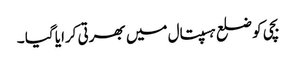
بچی کو ضلع ہسپتال میں بھرتی کرایا گیا ۔